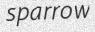
sparrow